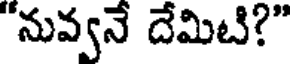
"నువ్వనే దేమిటి?"